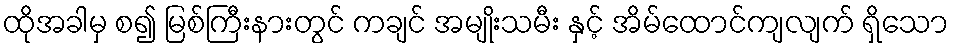
ထိုအခါမှ စ၍ မြစ်ကြီးနားတွင် ကချင် အမျိုးသမီး နှင့် အိမ်ထောင်ကျလျက် ရှိသော